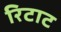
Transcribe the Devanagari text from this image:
रिटाट